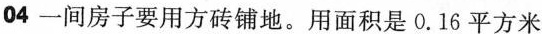
04一间房子要用方砖铺地。用面积是0.16平方米